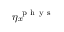
\eta _ { x } ^ { \mathrm { ~ p ~ h ~ y ~ s ~ } }